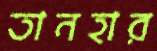
তানহার